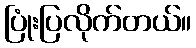
ပြုံးပြလိုက်တယ်။